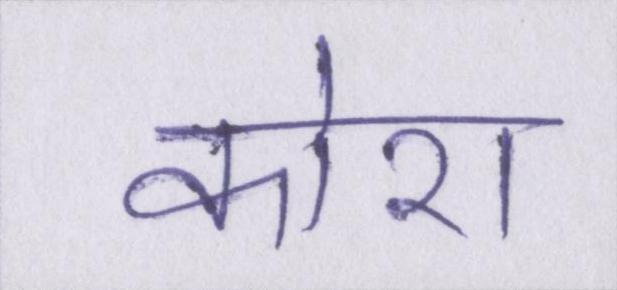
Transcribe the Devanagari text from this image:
कोरा